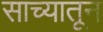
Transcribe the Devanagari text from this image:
साच्यातून